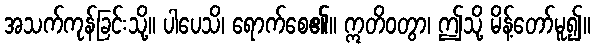
အသက်ကုန်ခြင်းသို့။ ပါပေသိ၊ ရောက်စေ၏။ ဣတိဝတွာ၊ ဤသို့ မိန့်တော်မူ၍။